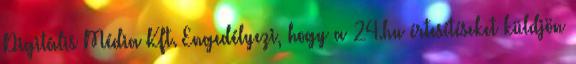
Digitális Média Kft. Engedélyezi, hogy a 24.hu értesítéseket küldjön